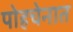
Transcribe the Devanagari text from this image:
पोहचेनात